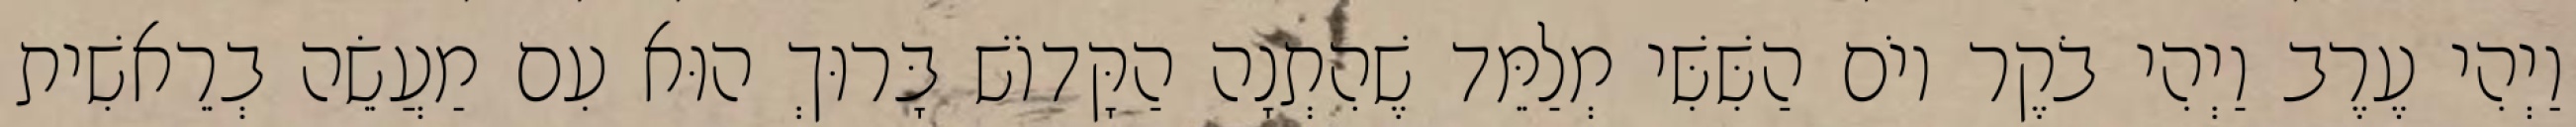
וַיְהִי עֶרֶב וַיְהִי בֹקֶר יוֹם הַשִּׁשִּׁי מְלַמֵּד שֶׁהִתְנָה הַקָּדוֹשׁ בָּרוּךְ הוּא עִם מַעֲשֵׂה בְרֵאשִׁית